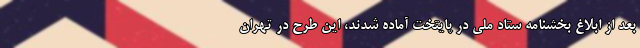
بعد از ابلاغ بخشنامه ستاد ملی در پایتخت آماده شدند، این طرح در تهران